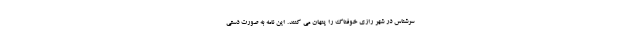
سرشناس در شهر رازی خوفناک را پنهان می کنند. این نامه به صورت دستی